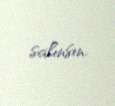
salınsın.